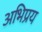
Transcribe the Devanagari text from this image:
अभिप्रय